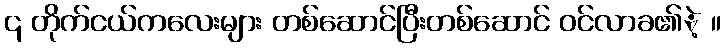
၎ တိုက်ငယ်ကလေးများ တစ်ဆောင်ပြီးတစ်ဆောင် ဝင်လာခ၏ဲ့ ။